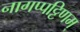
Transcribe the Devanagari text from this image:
नागप्पट्टिणम्